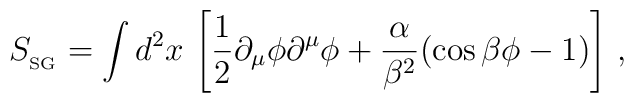
S_{_{{\rm SG}}}=\int d^{2}x \, \left[\frac{1}{2} 	\partial_{\mu}\phi\partial^{\mu}\phi+\frac{\alpha}{\beta^{2}}	(\cos \beta \phi -1) \right] \, ,